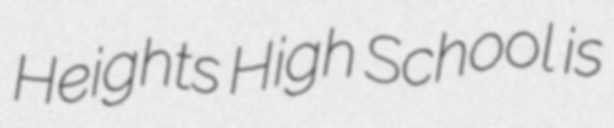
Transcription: Heights High School is